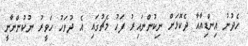
ހެދުނު އިންޑިއާއާ ދެކޮޅަށް ނިކުންނައިރު ފަހު މެޗުގައި އެ ދުވަހު ހަވީރު ނުކުންނާނީ